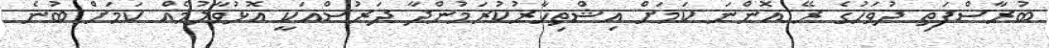
ބުރާސްފަތި ދުވަހުގެ ރޭ އޮންނަ ކަމަށް އިޝްތިހާރުކުރަމުންދާ ދަރުސްއަކީ އޮޅުވާލުމެއް ކަމަށް ބުނެ